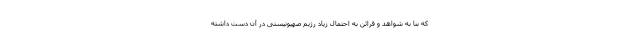
که بنا به شواهد و قرائن به احتمال زیاد رژیم صهیونیستی در آن دست داشته